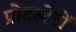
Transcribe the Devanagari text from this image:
प्रोटस्टेटों